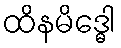
ထိနမိဒ္ဓေါ